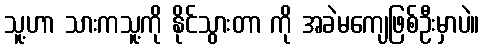
သူ့ဟာ သားကသူ့ကို နိုင်သွားတာ ကို အခဲမကျေဖြစ်ဦးမှာပဲ။